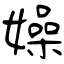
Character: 嬠